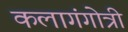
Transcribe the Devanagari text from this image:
कलागंगोत्री